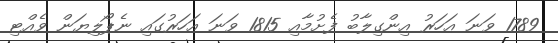
1789 ވަނަ އަހަރު އިންގިލާބު ފެށުމާއި 1815 ވަނަ އަހަރުގައި ނެޕޯލިޔަން ވެއްޓި